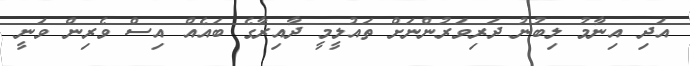
އަދި އިނާމު ލިބުނު ދަރިވަރުންނަށް ތައުލީމީ ދާއިރާގެ ބައެއް އިސް ވެރިން ވަނީ